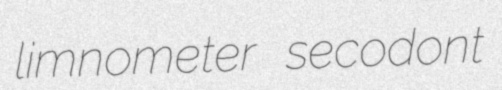
limnometer secodont